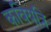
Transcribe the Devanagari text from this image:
कवियत्रि